Sanitation, dispensaries and jails vaccination Rajputana 1922-1927 - 1922-1927
Year: 1922
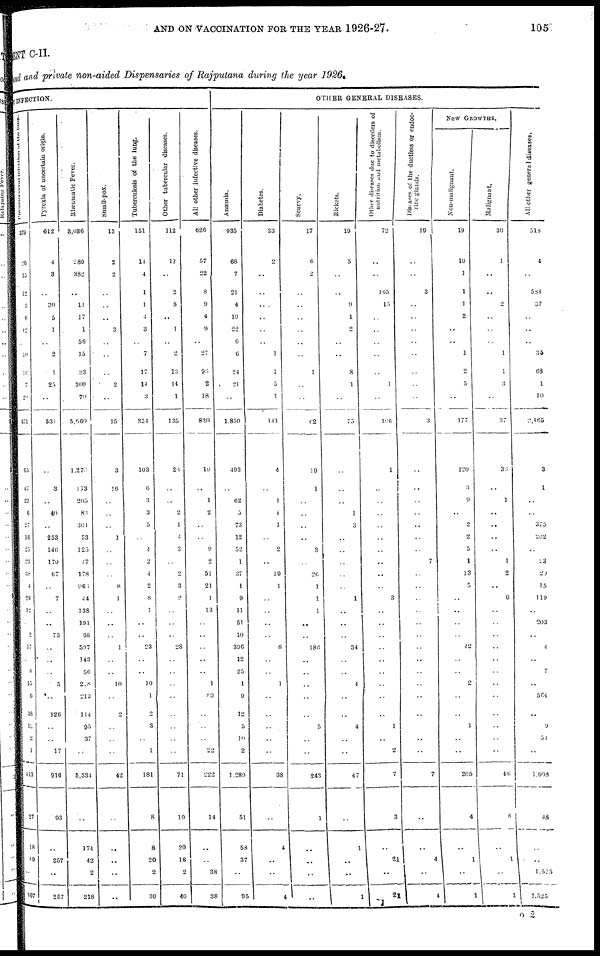
AND ON VACCINATION FOR THE YEAR 1926-27.
105
ENT C-II.
and and private non-aided Dispensaries of Rajputana during the year 1926.
INFECTION.
Pneumococcal infection of the lung.
379
26
15
12
3
6
12
..
10
16
7
27
671
65
47
23
6
27
16
25
23
38
4
26
12
..
2
17
..
8
15
6
38
12
2
1
413
27
18
89
..
107
Pyrexia of uncertain origin.
612
4
3
..
30
5
1
..
2
1
25
..
534
..
3
..
40
..
253
146
179
67
..
7
..
..
73
..
..
..
5
..
126
..
..
17
910
93
..
257
..
257
Rheumatic Fever.
3,036
289
382
..
11
17
1
56
15
33
309
70
5,660
1,276
173
205
83
304
53
125
47
178
964
44
138
191
68
597
143
56
28
213
114
95
37
..
5,334
..
174
42
2
218
Small-pox.
13
2
2
..
..
..
3
..
..
..
2
..
15
3
16
..
..
..
1
..
..
..
8
1
..
..
..
1
..
..
10
..
2
..
..
..
42
..
..
..
..
..
Tuberculosis of the lung.
151
14
4
1
1
4
3
..
7
17
14
3
354
103
6
3
3
5
..
4
2
4
2
8
1
..
..
23
..
..
10
1
2
3
..
1
181
8
8
20
2
30
Other tubercular diseases.
112
17
..
2
8
..
1
..
2
13
14
1
135
26
..
..
2
1
4
3
..
2
3
2
..
..
..
28
..
..
..
..
..
..
..
..
71
19
20
18
2
40
All other infective diseases.
626
57
22
8
9
4
9
..
27
95
2
18
830
19
..
1
2
..
..
9
2
51
21
1
13
..
..
..
..
..
1
80
..
..
..
22
222
14
..
..
38
38
OTHER GENERAL DISEASES.
Anæmia.
935
68
7
21
4
19
22
6
6
24
21
..
1,850
493
..
62
5
73
12
52
1
37
1
9
11
51
10
396
12
25
1
9
12
5
10
2
1,289
51
58
37
..
95
Diabetes.
33
2
..
..
..
..
..
..
1
1
5
1
141
4
..
1
1
1
..
2
..
19
1
..
..
..
..
8
..
..
1
..
..
..
..
..
38
..
4
..
..
4
Scurvy.
17
6
2
..
..
..
..
..
..
1
..
..
62
19
1
..
..
..
..
3
..
20
1
1
1
..
..
186
..
..
..
..
..
5
..
..
243
1
..
..
..
..
Rickets.
19
5
..
..
9
1
2
..
..
8
1
..
75
..
..
..
1
3
..
..
..
..
..
1
..
..
..
34
..
..
4
..
..
4
..
..
47
..
1
..
..
1
Other diseases due to disorders of
nutrition and metabolism.
72
..
..
165
15
..
..
..
..
..
1
..
196
1
..
..
..
..
..
..
..
..
..
3
..
..
..
..
..
..
..
..
..
1
..
2
7
3
..
21
..
21
Diseases
or the ductless or endoc-
line glands.
19
..
..
3
..
..
..
..
..
..
..
..
3
..
..
..
..
..
..
..
7
..
..
..
..
..
..
..
..
..
..
..
..
..
..
..
7
..
..
4
..
4
New GROWTHS.
Non-malignaut.
19
19
1
1
1
2
..
..
1
2
5
..
177
120
3
9
..
2
2
5
1
13
5
..
..
..
..
42
..
..
2
..
..
1
..
..
205
4
..
1
..
1
Malignant.
30
1
..
..
2
..
..
..
1
1
3
..
37
35
..
1
..
..
..
..
1
2
..
6
..
..
..
..
..
..
..
..
..
..
..
..
46
8
..
1
..
1
All other general diseases.
513
4
..
584
37
..
..
..
35
68
1
10
2,465
3
1
..
..
375
202
..
23
20
15
119
..
203
..
4
..
7
564
..
9
51
1,508
48
..
1,525
1,525
O 2